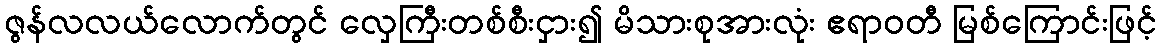
ဇွန်လလယ်လောက်တွင် လှေကြီးတစ်စီးငှား၍ မိသားစုအားလုံး ဧရာဝတီ မြစ်ကြောင်းဖြင့်